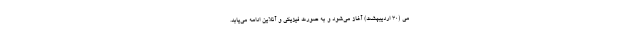
می (۳۰ اردیبهشت) آغاز می‌شود و به صورت فیزیکی و آنلاین ادامه می‌یابد.